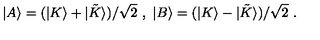
| A \rangle = ( | K \rangle + | { \tilde { K } } \rangle ) / \sqrt { 2 } \ , \ | B \rangle = ( | K \rangle - | { \tilde { K } } \rangle ) / \sqrt { 2 } \ .